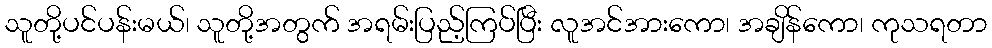
သူတို့ပင်ပန်းမယ်၊ သူတို့အတွက် အရမ်းပြည့်ကြပ်ပြီး လူအင်အားကော၊ အချိန်ကော၊ ကုသရတာ